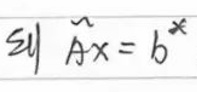
纠$\widetilde{A}x = b^{*}$